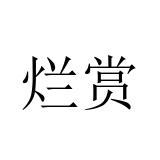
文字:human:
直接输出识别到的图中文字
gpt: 烂赏